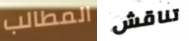
المطالب تناقش